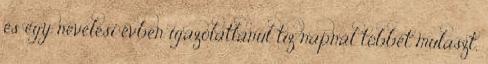
és egy nevelési évben igazolatlanul tíz napnál többet mulaszt,